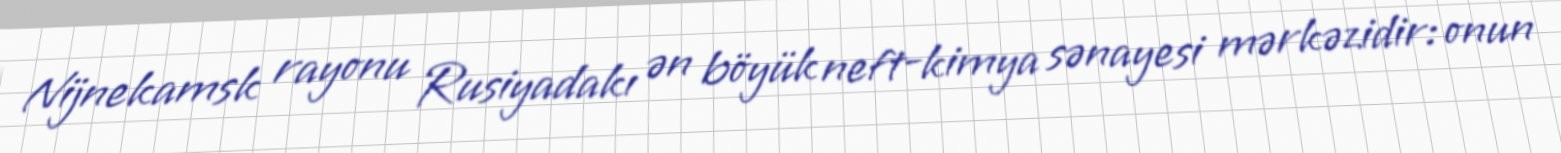
Nijnekamsk rayonu Rusiyadakı ən böyük neft-kimya sənayesi mərkəzidir: onun